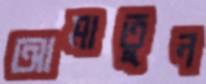
আমাতুন